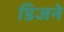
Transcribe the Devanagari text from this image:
डिजने